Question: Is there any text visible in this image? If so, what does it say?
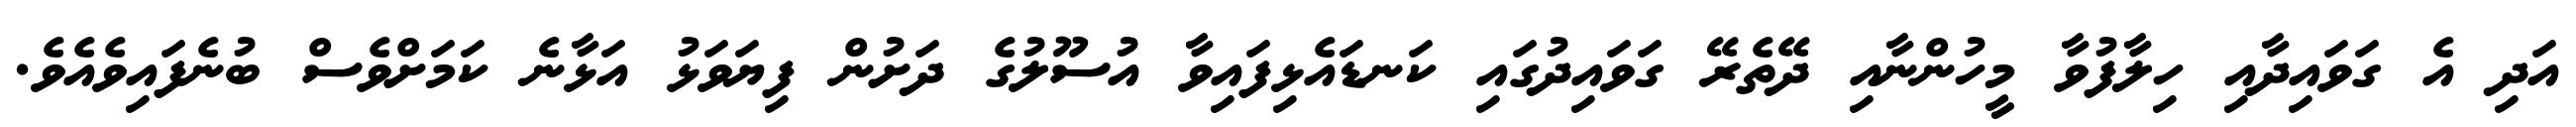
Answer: އަދި އެ ގަވައިދާއި ހިލާފުވާ މީހުންނާއި ދޭތެރޭ ގަވައިދުގައި ކަނޑައެޅިފައިވާ އުސޫލުގެ ދަށުން ފިޔަވަޅު އަޅާނެ ކަމަށްވެސް ބުނެފައިވެއެވެ.